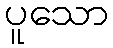
ပူသော